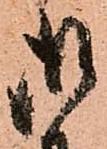
御